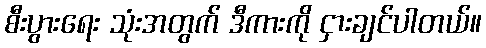
စီးပွားရေး သုံးအတွက် ဒီကားကို ငှားချင်ပါတယ်။